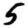
Digit: 5